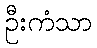
ဦးကံသာ